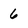
Character: 6